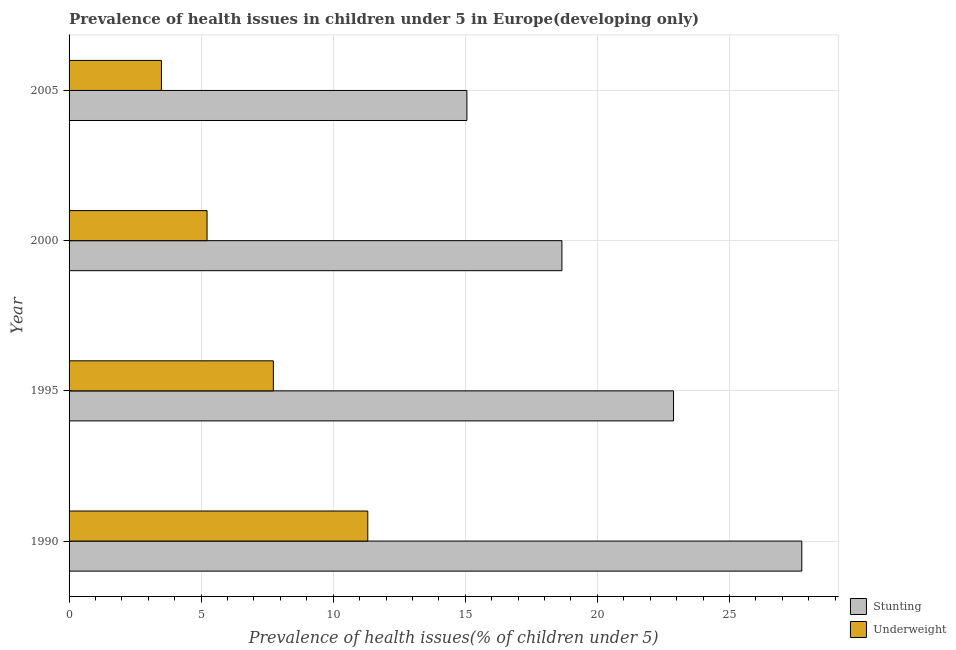
| Year | Stunting | Underweight |
 | --- | --- | --- |
 | 1990 | 27.7 | 11.3 |
 | 1995 | 22.9 | 7.73 |
 | 2000 | 18.7 | 5.22 |
 | 2005 | 15.1 | 3.5 |